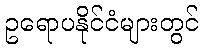
ဥရောပနိုင်ငံများတွင်